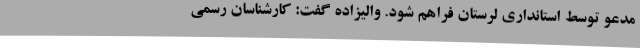
مدعو توسط استانداری لرستان فراهم شود. والیزاده گفت: کارشناسان رسمی